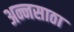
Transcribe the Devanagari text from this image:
अन्नसाठा